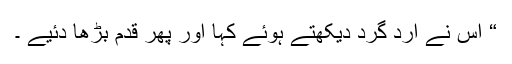
“ اس نے ارد گرد دیکھتے ہوئے کہا اور پھر قدم بڑھا دئیے ۔